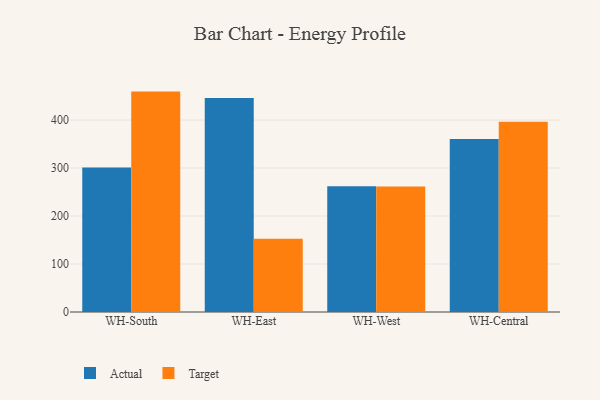
{"axis": {"x": "Warehouse", "y": "Backlog"}, "legend": ["Actual", "Target"], "data": [{"x": "WH-South", "y": 301.3, "type": "Actual"}, {"x": "WH-South", "y": 459.3, "type": "Target"}, {"x": "WH-East", "y": 446.0, "type": "Actual"}, {"x": "WH-East", "y": 152.7, "type": "Target"}, {"x": "WH-West", "y": 262.1, "type": "Actual"}, {"x": "WH-West", "y": 261.6, "type": "Target"}, {"x": "WH-Central", "y": 360.5, "type": "Actual"}, {"x": "WH-Central", "y": 396.6, "type": "Target"}]}